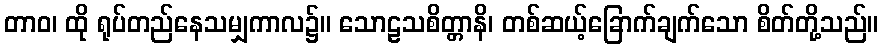
တာဝ၊ ထို ရုပ်တည်နေသမျှကာလ၌။ သောဠသစိတ္တာနိ၊ တစ်ဆယ့်ခြောက်ချက်သော စိတ်တို့သည်။